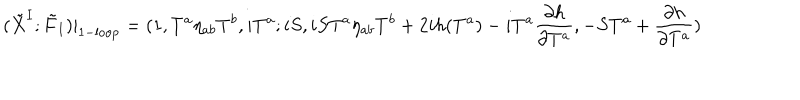
LaTeX: ( \tilde { X } ^ { I } ; \tilde { F } _ { I } ) | _ { \mathrm { 1 - l o o p } } = ( 1 , T ^ { a } \eta _ { a b } T ^ { b } , i T ^ { a } ; i S , i S T ^ { a } \eta _ { a b } T ^ { b } + 2 i h ( T ^ { a } ) - i T ^ { a } { \frac { \partial h } { \partial T ^ { a } } } , - S T ^ { a } + { \frac { \partial h } { \partial T ^ { a } } } )